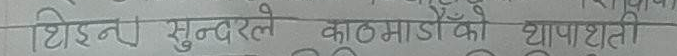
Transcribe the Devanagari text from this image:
थिएन सुन्दरले काठमाडौँको थापाथली